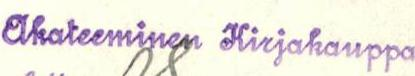
Akateeminen Kirjakauppa